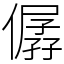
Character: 僝